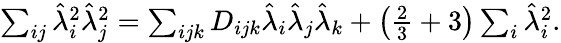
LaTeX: \begin{array}{r}{\sum_{ij}\hat{\lambda}_{i}^{2}\hat{\lambda}_{j}^{2}=\sum_{ijk}D_{ijk}\hat{\lambda}_{i}\hat{\lambda}_{j}\hat{\lambda}_{k}+\left(\frac{2}{3}+3\right)\sum_{i}\hat{\lambda}_{i}^{2}.}\end{array}